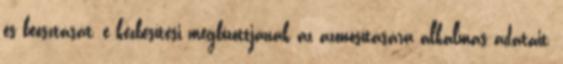
és beosztását, e kézbesítési megbízottjának az azonosítására alkalmas adatait,